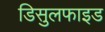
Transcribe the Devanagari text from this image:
डिसुलफाइड